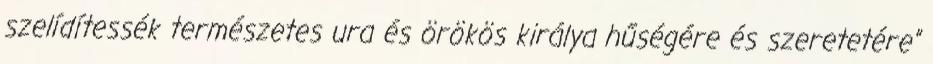
szelídítessék természetes ura és örökös királya hűségére és szeretetére”